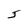
Character: j